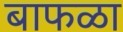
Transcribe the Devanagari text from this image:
बाफळा